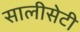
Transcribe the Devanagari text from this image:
सालीसेटी